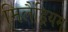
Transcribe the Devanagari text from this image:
मिलैंड्रियम